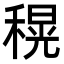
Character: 𮃜